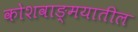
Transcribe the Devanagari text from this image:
कोशवाङ्मयातील